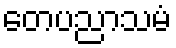
တေပညာသမံ